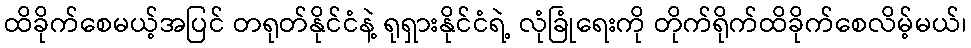
ထိခိုက်စေမယ့်အပြင် တရုတ်နိုင်ငံနဲ့ ရုရှားနိုင်ငံရဲ့ လုံခြုံရေးကို တိုက်ရိုက်ထိခိုက်စေလိမ့်မယ်၊